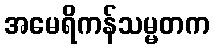
အမေရိကန်သမ္မတက